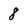
Character: 8